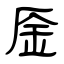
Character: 㕋